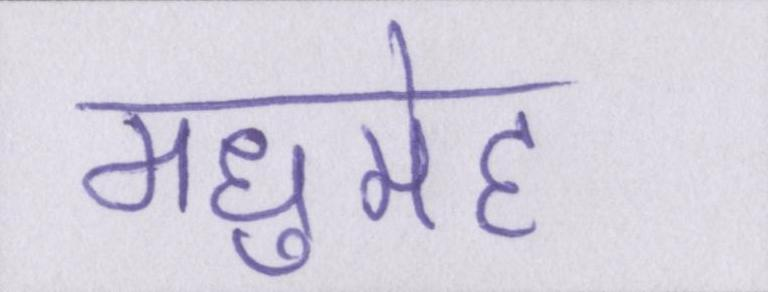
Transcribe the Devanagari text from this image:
मधुमेह